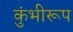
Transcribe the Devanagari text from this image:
कुंभीरूप